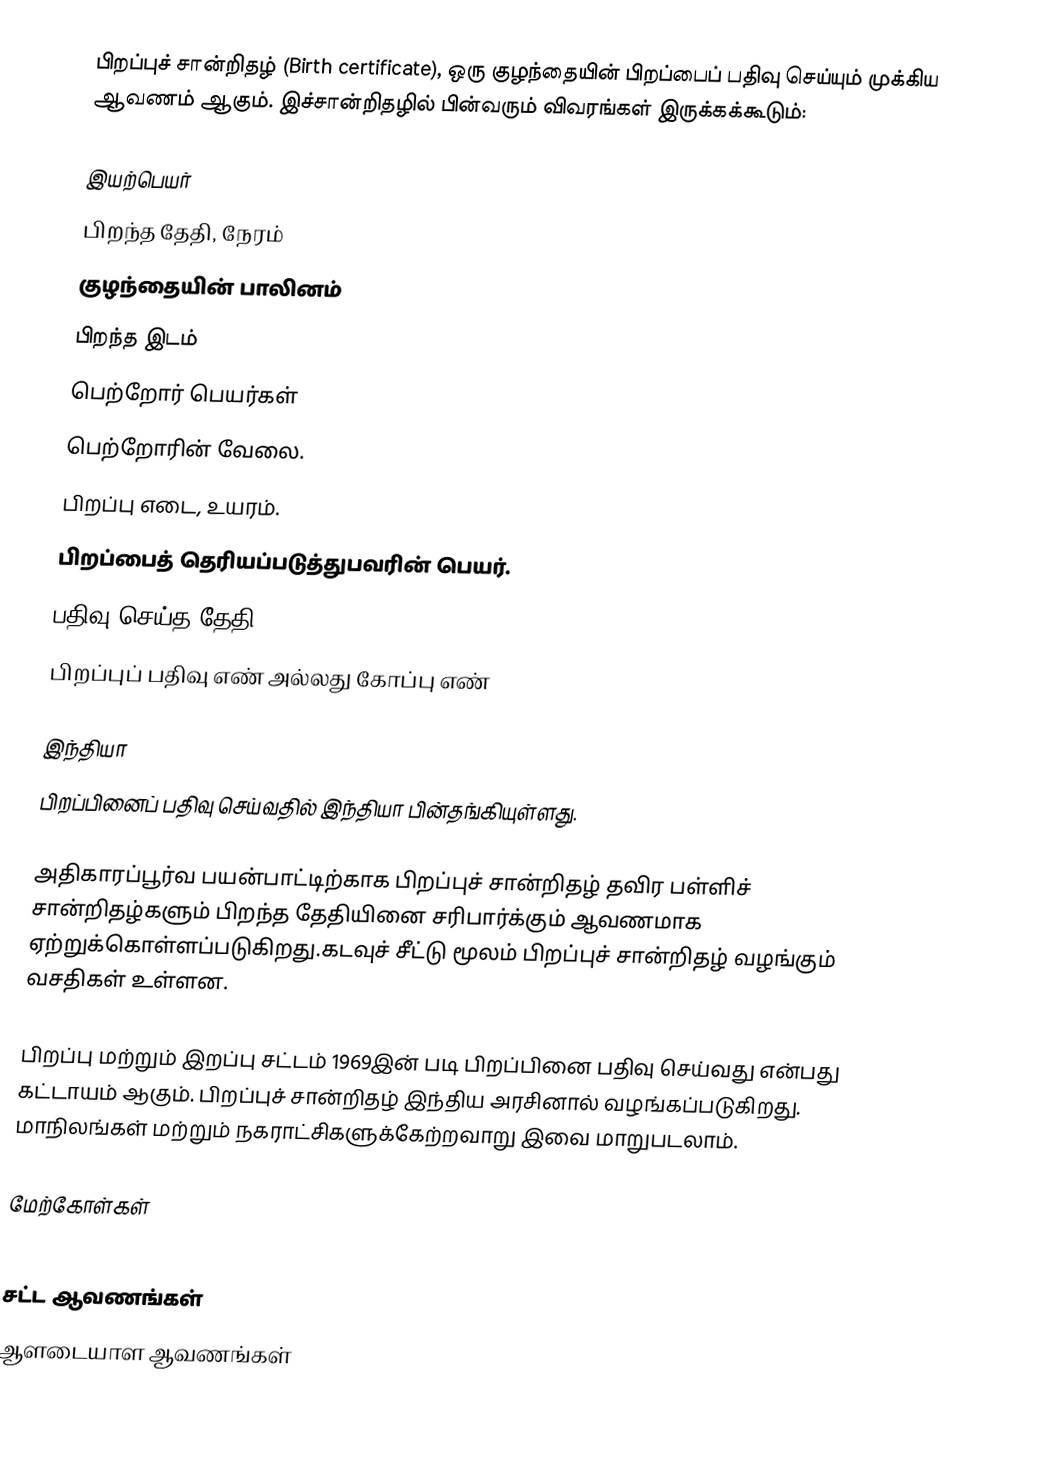
பிறப்புச் சான்றிதழ் (Birth certificate), ஒரு குழந்தையின் பிறப்பைப் பதிவு செய்யும் முக்கிய ஆவணம் ஆகும். இச்சான்றிதழில் பின்வரும் விவரங்கள் இருக்கக்கூடும்:

 இயற்பெயர்
 பிறந்த தேதி, நேரம்
 குழந்தையின் பாலினம்
 பிறந்த இடம்
 பெற்றோர் பெயர்கள்
 பெற்றோரின் வேலை.
 பிறப்பு எடை, உயரம்.
 பிறப்பைத் தெரியப்படுத்துபவரின் பெயர்.
 பதிவு செய்த தேதி
 பிறப்புப் பதிவு எண் அல்லது கோப்பு எண்

இந்தியா
பிறப்பினைப் பதிவு செய்வதில் இந்தியா பின்தங்கியுள்ளது.

அதிகாரப்பூர்வ பயன்பாட்டிற்காக பிறப்புச் சான்றிதழ் தவிர பள்ளிச் சான்றிதழ்களும் பிறந்த தேதியினை சரிபார்க்கும் ஆவணமாக ஏற்றுக்கொள்ளப்படுகிறது.கடவுச் சீட்டு மூலம் பிறப்புச் சான்றிதழ் வழங்கும் வசதிகள் உள்ளன.

பிறப்பு மற்றும் இறப்பு சட்டம் 1969இன் படி பிறப்பினை பதிவு செய்வது என்பது கட்டாயம் ஆகும். பிறப்புச் சான்றிதழ் இந்திய அரசினால் வழங்கப்படுகிறது. மாநிலங்கள் மற்றும் நகராட்சிகளுக்கேற்றவாறு இவை மாறுபடலாம்.

மேற்கோள்கள்

சட்ட ஆவணங்கள்
ஆளடையாள ஆவணங்கள்